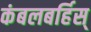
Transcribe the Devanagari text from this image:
कंबलबर्हिस्